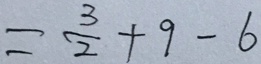
= \frac { 3 } { 2 } + 9 - 6